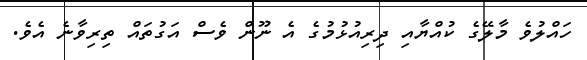
ހައްލުވެ މާލޭގެ ކުއްޔާއި ދިރިއުޅުމުގެ އެ ނޫން ވެސް އަގުތައް ތިރިވާނެ އެވެ.